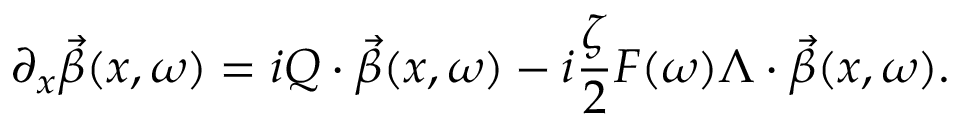
\partial _ { x } \vec { \beta } ( x , \omega ) = i Q \cdot \vec { \beta } ( x , \omega ) - i \frac { \zeta } { 2 } F ( \omega ) \Lambda \cdot \vec { \beta } ( x , \omega ) .